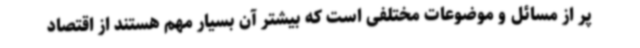
پر از مسائل و موضوعات مختلفی است که بیشتر آن بسیار مهم هستند از اقتصاد